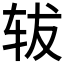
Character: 𫐈